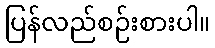
ပြန်လည်စဉ်းစားပါ။